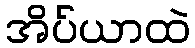
အိပ်ယာထဲ